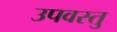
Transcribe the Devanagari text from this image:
उपवस्तु